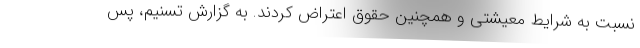
نسبت به شرایط معیشتی و همچنین حقوق اعتراض کردند. به گزارش تسنیم، پس